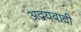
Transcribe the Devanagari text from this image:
अद्वयवादी